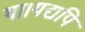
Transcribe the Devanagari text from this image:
था।यद्यपि